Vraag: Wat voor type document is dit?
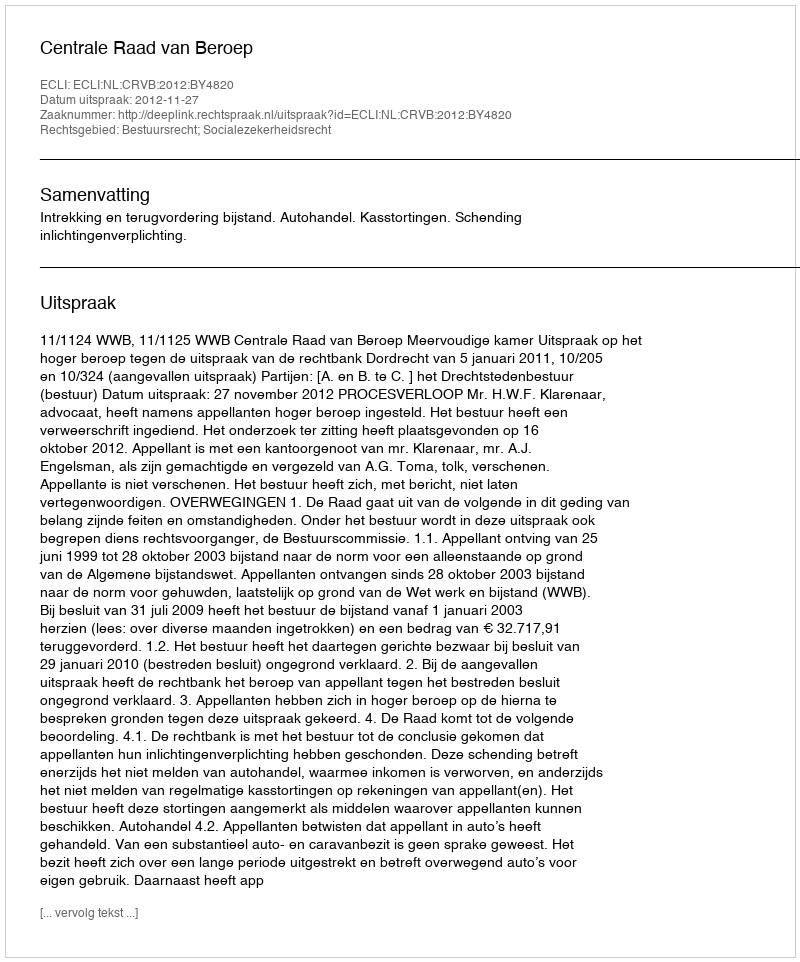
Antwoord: Uitspraak